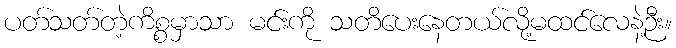
ပတ်သတ်တဲ့ကိစ္စမှာသာ မင်းကို သတိပေးနေတယ်လို့မထင်လေနဲ့ဉီး။